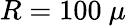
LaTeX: R=100~\mu